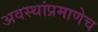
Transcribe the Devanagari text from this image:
अवस्थांप्रमाणेच